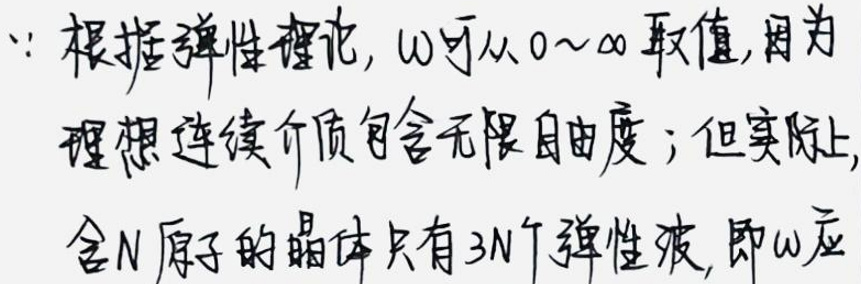
\(\because\)根据弹性理论，\(\omega\)可以从\(0\sim\infty\)取值，因为理想连续介质包含无限自由度；但实际上，含\(N\)原子的晶体只有\(3N\)个弹性波，即\(\omega\)应